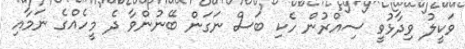
ވަކީލު ވިދާޅުވީ ސިއްރުން ހެކި ބަސް ނަގަން ބޭނުންވާ ދެ މީހެއްގެ ނަމާއި